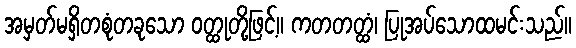
အမှတ်မရှိတစုံတခုသော ဝတ္ထုတို့ဖြင့်။ ကတတတ္ထံ၊ ပြုအပ်သောထမင်းသည်။